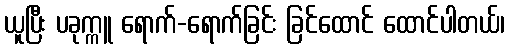
ယူပြီး ပခုက္ကူ ရောက်-ရောက်ခြင်း ခြင်ထောင် ထောင်ပါတယ်၊